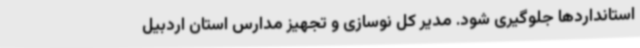
استانداردها جلوگیری شود. مدیر کل نوسازی و تجهیز مدارس استان اردبیل